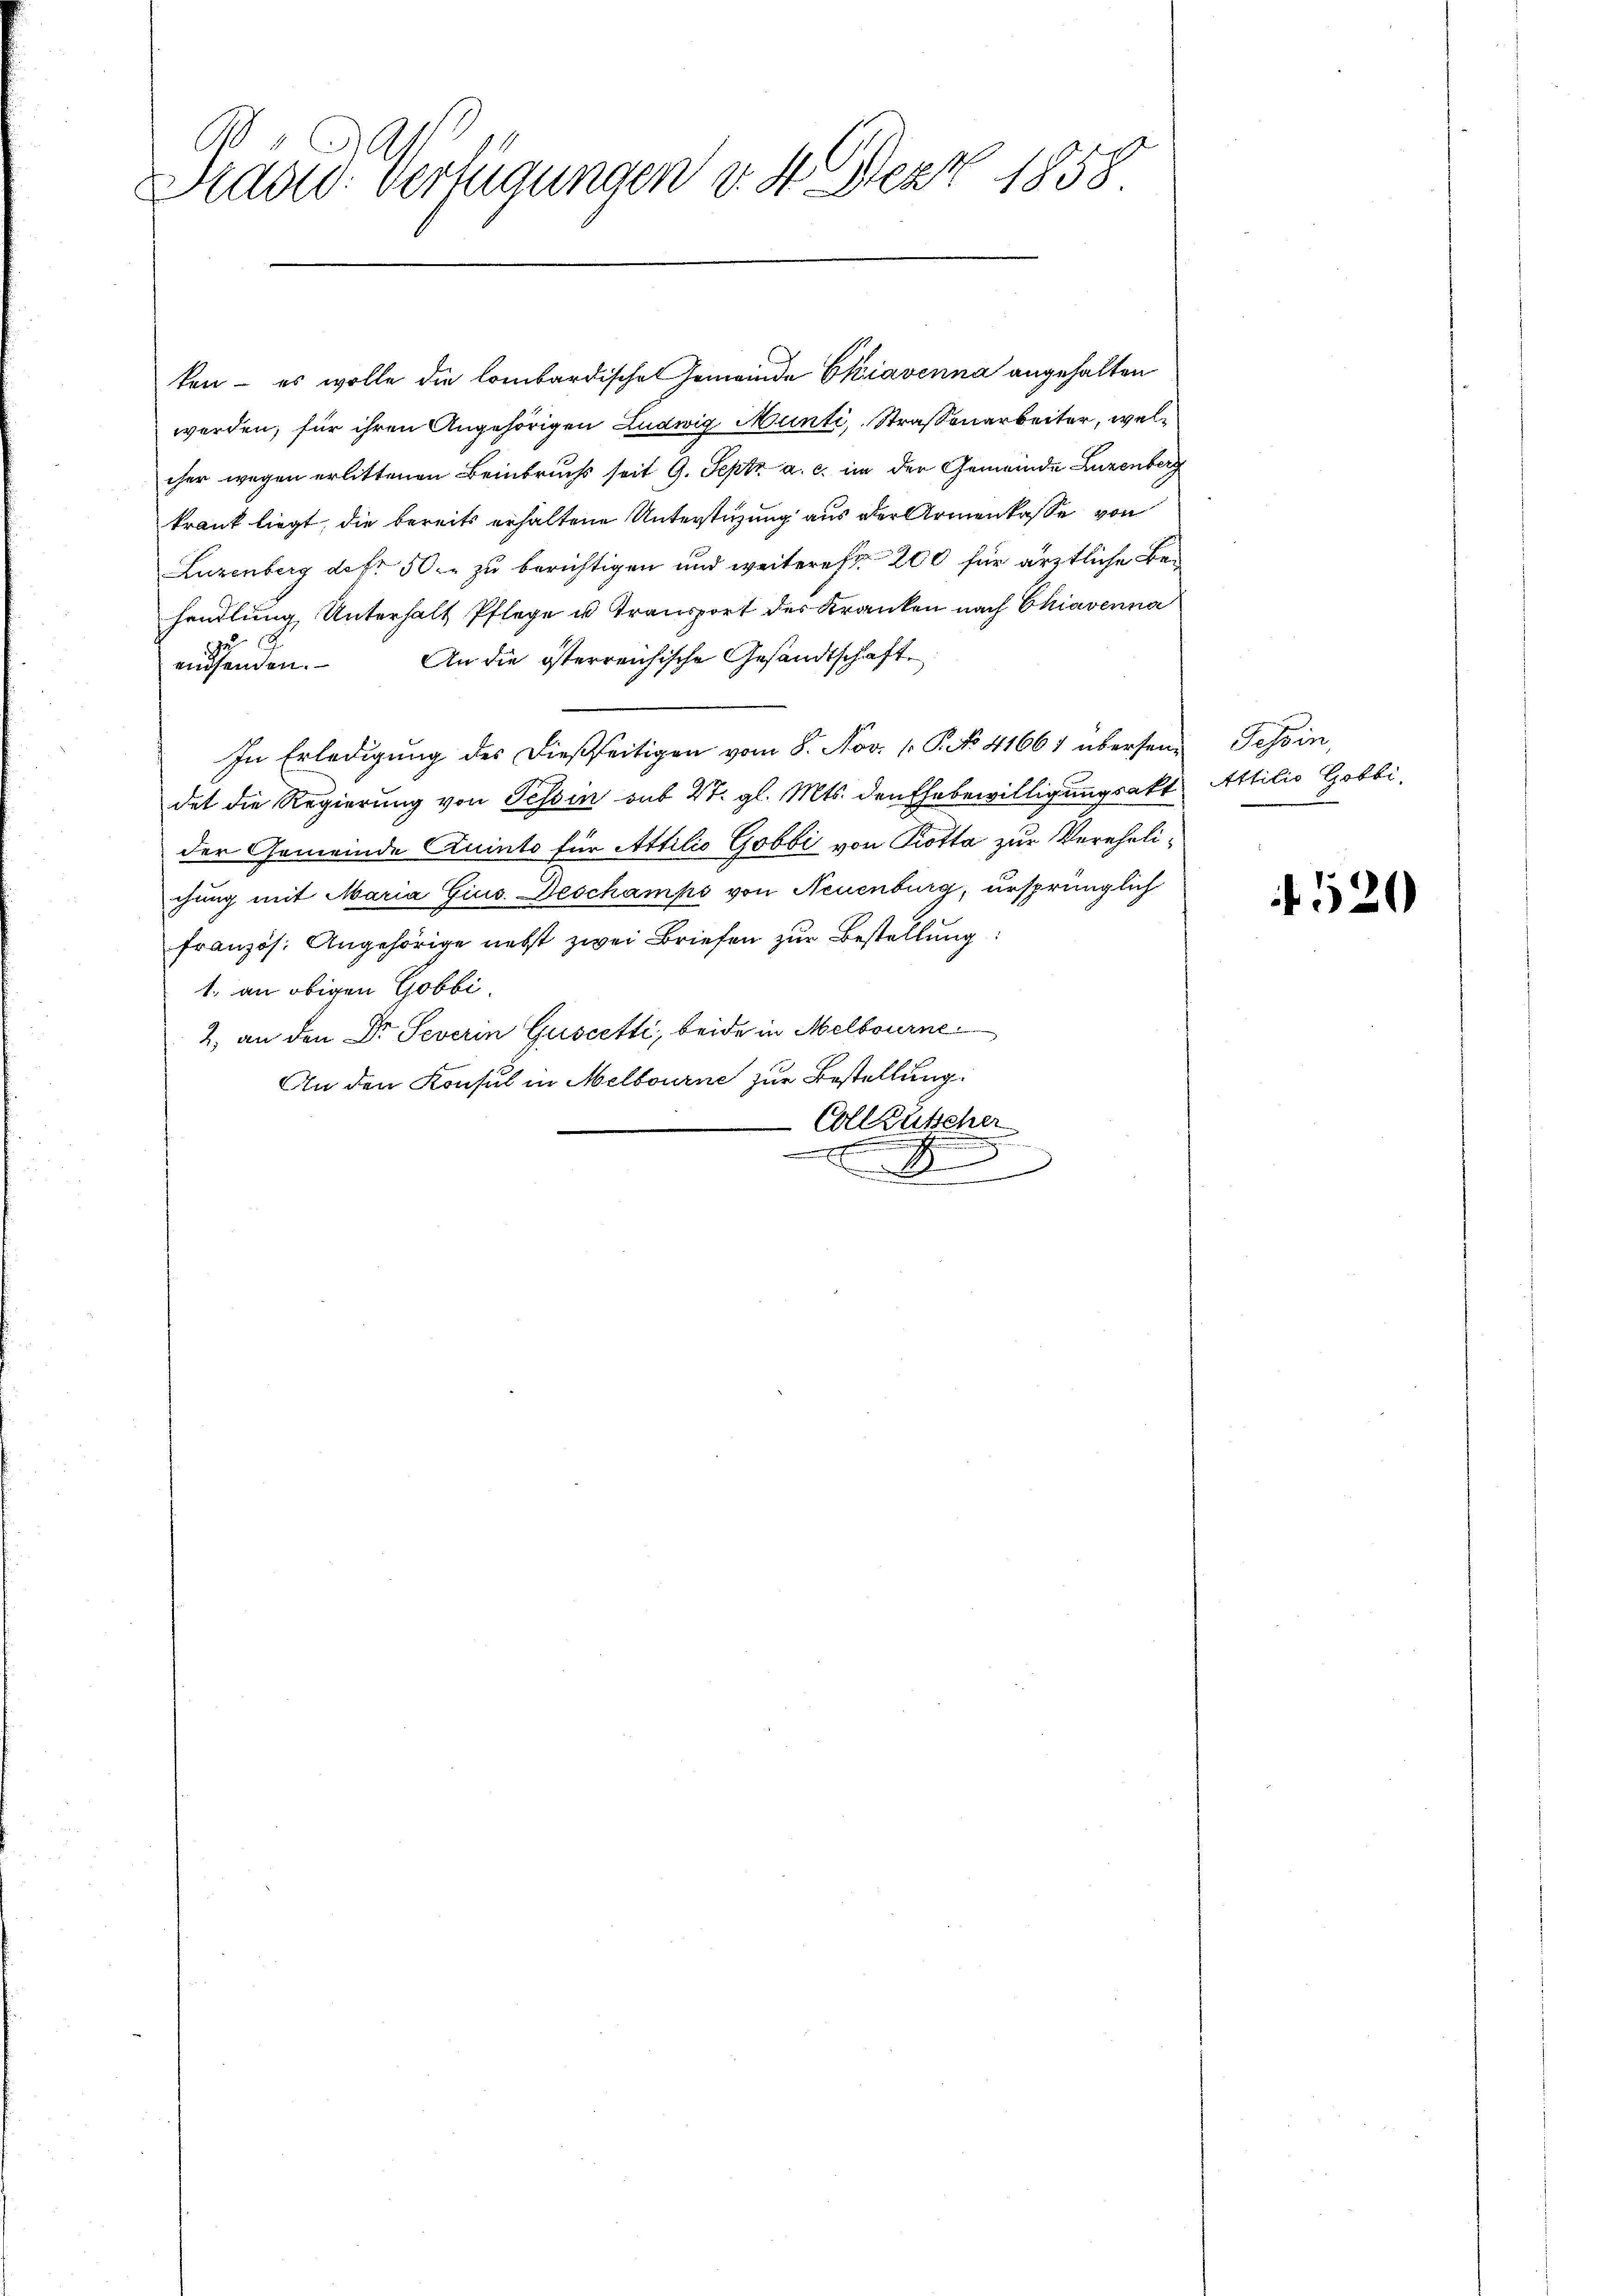
A
Stadt verfügungen v. 4. Dez 1858

ken – es wolle die lombardische Gemeinde Ekiavenna angehalten
werden, für ihren Angehörigen Ludwig Munti, Straßenarbeiter, welcher wegen erlittenen Beinbruchs seit 9. Sept. a. c. in der Gemeinde Luzenberg
krank liegt, die bereits erhaltene Unterstüzung aus der Armenkasse von
Luzenberg der 50. zu berichtigen und weitere fr. 200 für ärztliche Behandlung Unterhalt Pflege u. Transport des Kranken nach Chiavenna
An die österreichische Gesandtschaft
auhanden.
In Erledigung des dießseitigen vom 8. Nov. 1. P. No 41661 übersendet die Regierung von Tessin aus 27. gl. Mts. den Ehebewilligungsakt
der Gemeinde Kunto für Attilio Gobbi von Kotta zur Verehelichung mit Maria Gius Deschamps von Neuenburg, ursprünglich
französ. Angehörige nebst zwei Briefen zur Bestellung.
1. an obigen Gobbi
2. an den Dr. Severin Guscetti, beide in Melbourne
An den Konsul in Melbourne zur Bestellung.
Collischer

Tessin,
Attilio Gobbi

4520